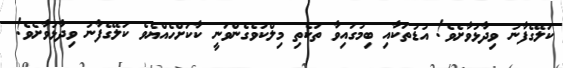
ކަލޭގެފާނު ވިދާޅުވާށެވެ! އުޑުތަކާއި ބިމުގައިވާ ތަކެތި މިލްކުވެގެންވަނީ ކާކަށްހެއްޔެވެ ކަލޭގެފާނު ވިދާޅުވާށެވެ!